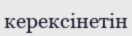
керексінетін